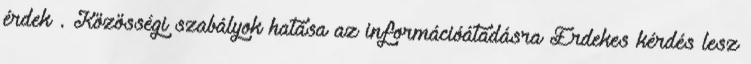
érdek. Közösségi szabályok hatása az információátadásra Érdekes kérdés lesz